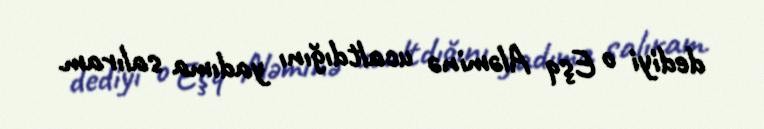
dediyi o Eşq Aləminə ucaltdığını yadıma salıram.